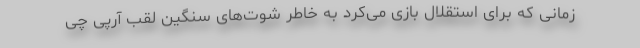
زمانی که برای استقلال بازی می‌کرد به خاطر شوت‌های سنگین لقب آرپی چی